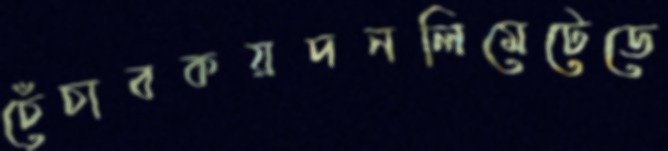
চেঁচাবকয়দনলিমেটেডে